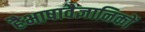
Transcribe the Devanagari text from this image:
हैभाषावैज्ञानिकों